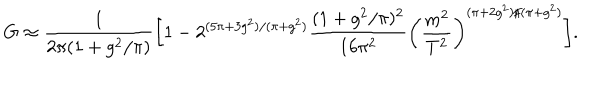
G \approx \frac { 1 } { 2 \pi ( 1 + g ^ { 2 } / \pi ) } \bigg [ 1 - 2 ^ { ( 5 \pi + 3 g ^ { 2 } ) / ( \pi + g ^ { 2 } ) } \frac { ( 1 + g ^ { 2 } / \pi ) ^ { 2 } } { 1 6 \pi ^ { 2 } } \bigg ( \frac { m ^ { 2 } } { T ^ { 2 } } \bigg ) ^ { ( \pi + 2 g ^ { 2 } ) / ( \pi + g ^ { 2 } ) } \bigg ] .